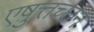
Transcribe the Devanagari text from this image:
एष़ुत्तच्छन